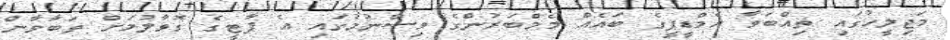
މަޖިލީހުގައި ތިއްބަވާ އެމްޑީޕީގެ ބައެއް މެމްބަރުންގެ ވިސްނުމުގައި އެ ޕާޓީގެ ގޮވާލުމަށް ތަބާވާން